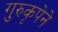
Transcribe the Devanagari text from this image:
गुरुकृपेने